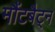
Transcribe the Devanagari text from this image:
मौंटबैट्न